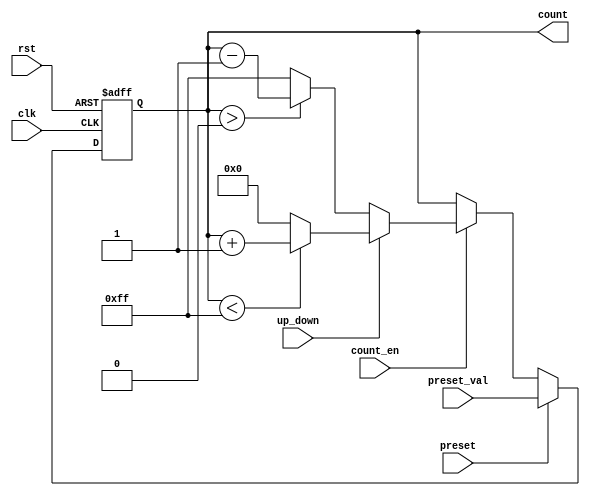
module presettable_counter #(
    parameter N = 8 // Parameter for the width of the counter
)(
    input wire clk,                // Clock signal
    input wire rst,                // Active-high reset signal
    input wire preset,             // Active-high preset control signal
    input wire [N-1:0] preset_val, // Preset value input
    input wire count_en,           // Count enable signal
    input wire up_down,            // Up/Down control signal
    output reg [N-1:0] count       // Counter value output
);

    // Define the maximum value for wrap-around
    localparam MAX_COUNT = (1 << N) - 1;

    // Sequential logic for counter operation
    always @(posedge clk or posedge rst) begin
        if (rst) begin
            // Reset the counter to zero
            count <= 0;
        end else if (preset) begin
            // Load the preset value into the counter
            count <= preset_val;
        end else if (count_en) begin
            // Count up or down based on the up_down signal
            if (up_down) begin
                // Count up
                if (count < MAX_COUNT) begin
                    count <= count + 1;
                end else begin
                    count <= 0; // Wrap around to zero
                end
            end else begin
                // Count down
                if (count > 0) begin
                    count <= count - 1;
                end else begin
                    count <= MAX_COUNT; // Wrap around to max value
                end
            end
        end
    end
endmodule